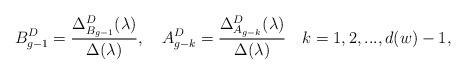
LaTeX: \begin{align*}B_{g-1}^D=\frac{\Delta_{B_{g-1}}^D(\lambda)}{\Delta(\lambda)}, \ \ \ A_{g-k}^D=\frac{\Delta_{A_{g-k}}^D(\lambda)}{\Delta(\lambda)}\ \ \ k=1,2,..., d(w)-1,\end{align*}